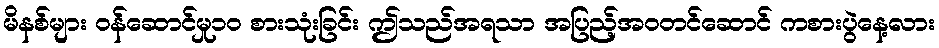
မိနစ်များ ဝန်ဆောင်မှု၁၀ စားသုံးခြင်း ဤသည်အရသာ အပြည့်အဝတင်ဆောင် ကစားပွဲနေ့လား